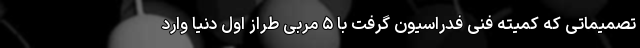
تصمیماتی که کمیته فنی فدراسیون گرفت با ۵ مربی طراز اول دنیا وارد